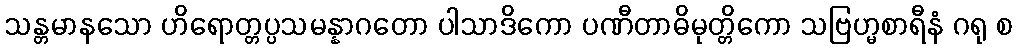
သန္တမာနသော ဟိရောတ္တပ္ပသမန္နာဂတော ပါသာဒိကော ပဏီတာဓိမုတ္တိကော သဗြဟ္မစာရီနံ ဂရု စ